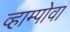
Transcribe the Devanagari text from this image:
व्हाम्पोवा